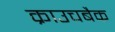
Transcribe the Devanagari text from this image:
क्राउचबैक